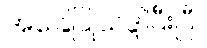
အခြေပြုသဒ္ဒါပြီးပြီ။